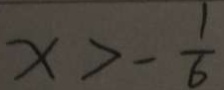
x > - \frac { 1 } { 6 }